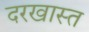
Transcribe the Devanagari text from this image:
दरखास्त